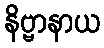
နိဗ္ဗာနာယ